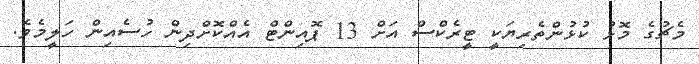
މެޗުގެ މޮޅު ކުޅުންތެރިޔަކީ ޓީރެކްސް އަށް 13 ޕޮއިންޓް އެއްކޮށްދިން ހުސެއިން ހަލީމެވެ.